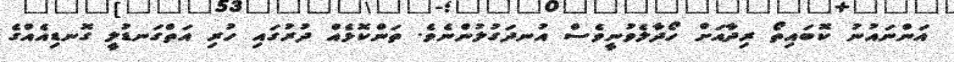
އަންނައުނު ކޮބައިތޯ ރިދާއަށް ހޯދާލެވުނީވެސް އުނދަގުލުންނެވެ. ތަންކޮޅެއް ދުރުގައި ހުރި އަތްގަނޑުލީ ގޮނޑިއެއްގެ